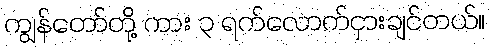
ကျွန်တော်တို့ ကား ၃ ရက်လောက်ငှားချင်တယ်။